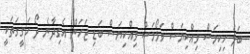
ބަލަ ހިކިމަސް ވިއްކިޔަސް ވަޅޯމަސް ވިއްކިޔަސް ބަޑި ޖަހަން އެގިދާނެ ދޯ ހަގީގަތަކީ